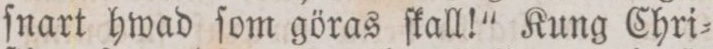
ſnart hwad ſom göras ſkall!“ Kung Chri=